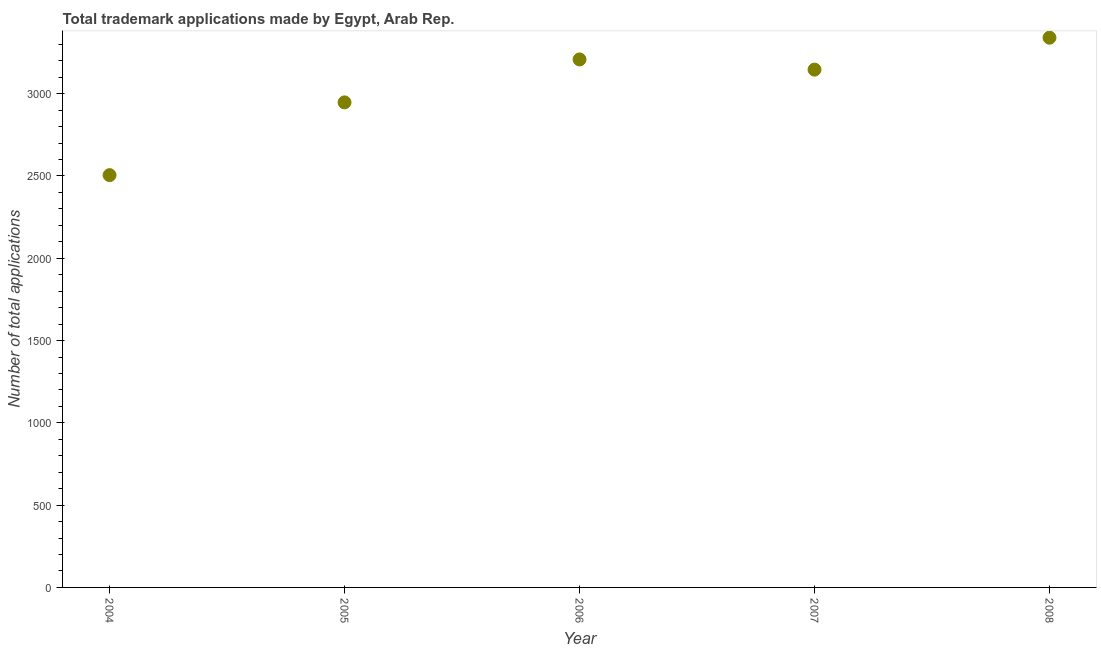
| Year | Trademark applications |
 | --- | --- |
 | 2004 | 2.50e+03 |
 | 2005 | 2.95e+03 |
 | 2006 | 3.21e+03 |
 | 2007 | 3.15e+03 |
 | 2008 | 3.34e+03 |